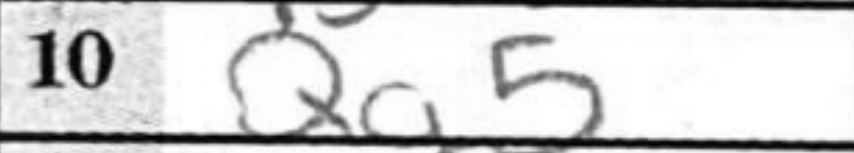
Transcription: Qg5